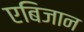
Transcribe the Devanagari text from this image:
एबिजान